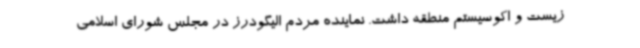
زیست و اکوسیستم منطقه داشت. نماینده مردم الیگودرز در مجلس شورای اسلامی